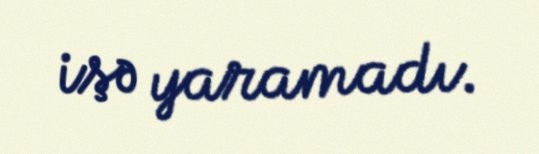
işə yaramadı.